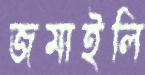
জমাইলি